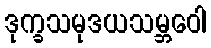
ဒုက္ခသမုဒယသမ္ဘဝေါ